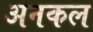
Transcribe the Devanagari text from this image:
अनकल